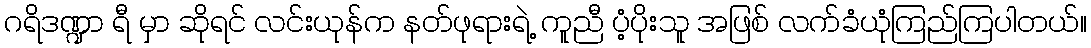
ဂရိဒဏ္ဍာ ရီ မှာ ဆိုရင် လင်းယုန်က နတ်ဖုရားရဲ့ ကူညီ ပံ့ပိုးသူ အဖြစ် လက်ခံယုံကြည်ကြပါတယ်။